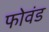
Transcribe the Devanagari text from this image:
फोवंड